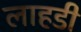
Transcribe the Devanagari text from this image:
लाहडी